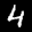
Label: 4